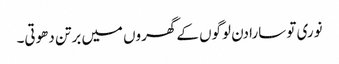
نوری تو سارا دن لوگوں کے گھروں میں برتن دھوتی۔